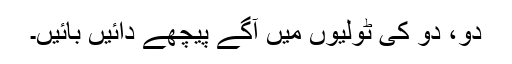
دو، دو کی ٹولیوں میں آگے پیچھے دائیں بائیں۔